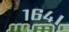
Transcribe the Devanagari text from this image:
१६४।